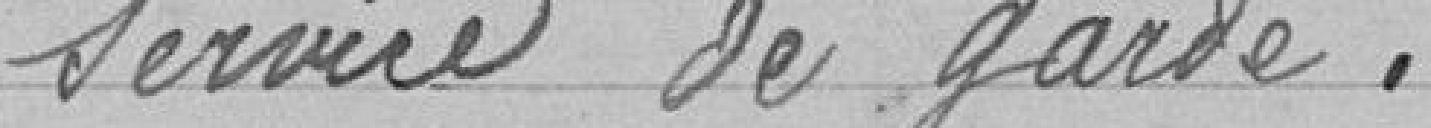
service de garde.